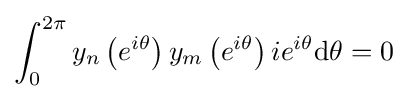
\int _{0}^{2\pi }y_{n}\left(e^{i\theta }\right)y_{m}\left(e^{i\theta }\right)ie^{i\theta }\mathrm {d} \theta =0